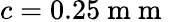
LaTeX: c=0.25\mathrm{~m~m~}